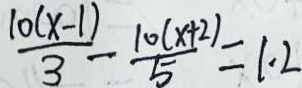
\frac { 1 0 ( x - 1 ) } { 3 } - \frac { 1 0 ( x + 2 ) } { 5 } = 1 . 2